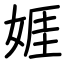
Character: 娾